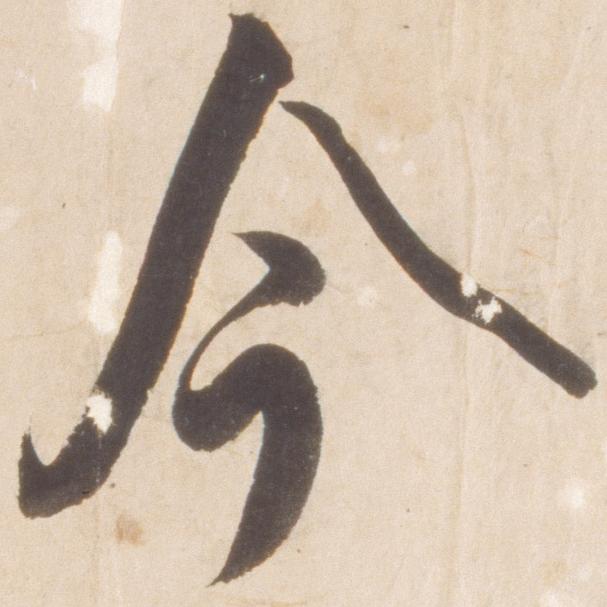
今